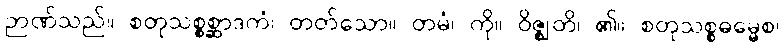
ဉာဏ်သည်။ စတုသစ္စစ္ဆာဒကံ၊ တတ်သော။ တမံ၊ ကို။ ဝိဇ္ဈတိ၊ ၏။ စတုသစ္စဓမ္မေစ၊